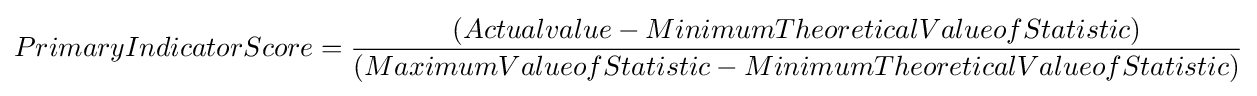
PrimaryIndicatorScore={\frac {(Actualvalue-MinimumTheoreticalValueofStatistic)}{(MaximumValueofStatistic-MinimumTheoreticalValueofStatistic)}}